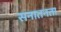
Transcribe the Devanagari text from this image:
सनातनता